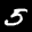
Label: 5